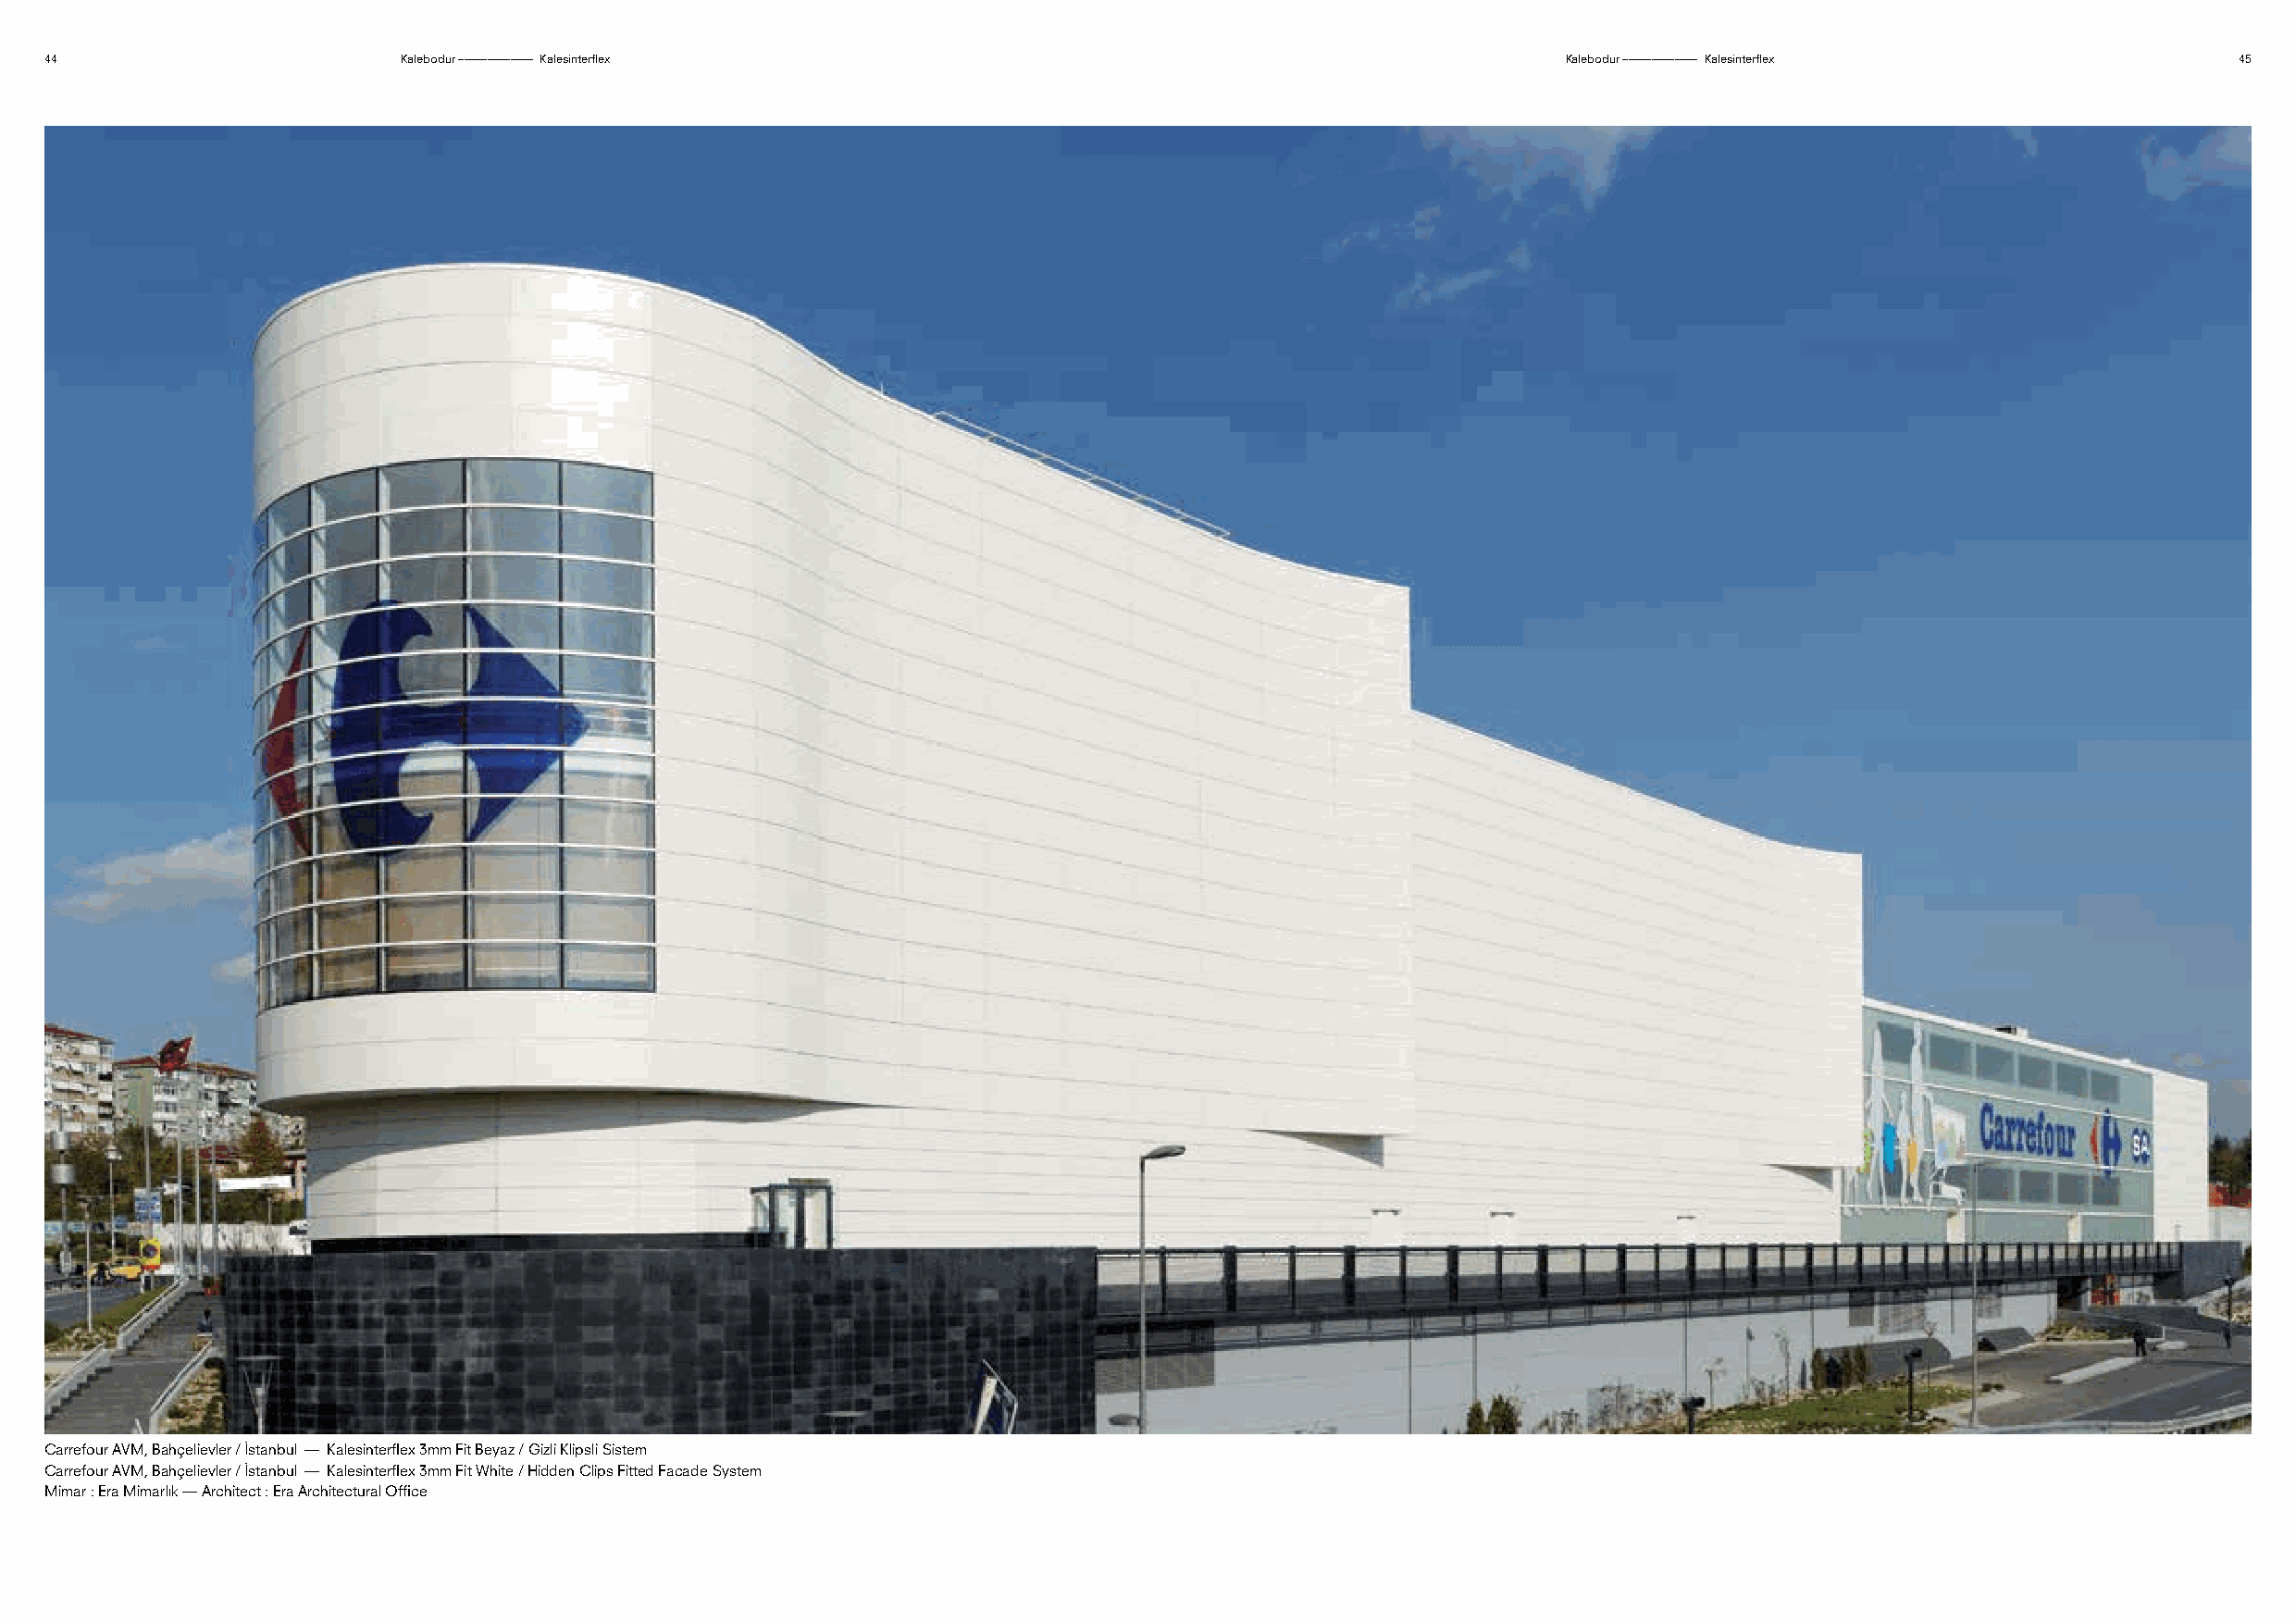
44                        Kalebodur ––––––––––––– Kalesinterflex                                             Kalebodur ––––––––––––– Kalesinterflex          45
 Carrefour AVM, Bahçelievler / İstanbul –– Kalesinterflex 3mm Fit Beyaz / Gizli Klipsli Sistem
 Carrefour AVM, Bahçelievler / İstanbul –– Kalesinterflex 3mm Fit White / Hidden Clips Fitted Facade System
 Mimar : Era Mimarlık — Architect : Era Architectural Office